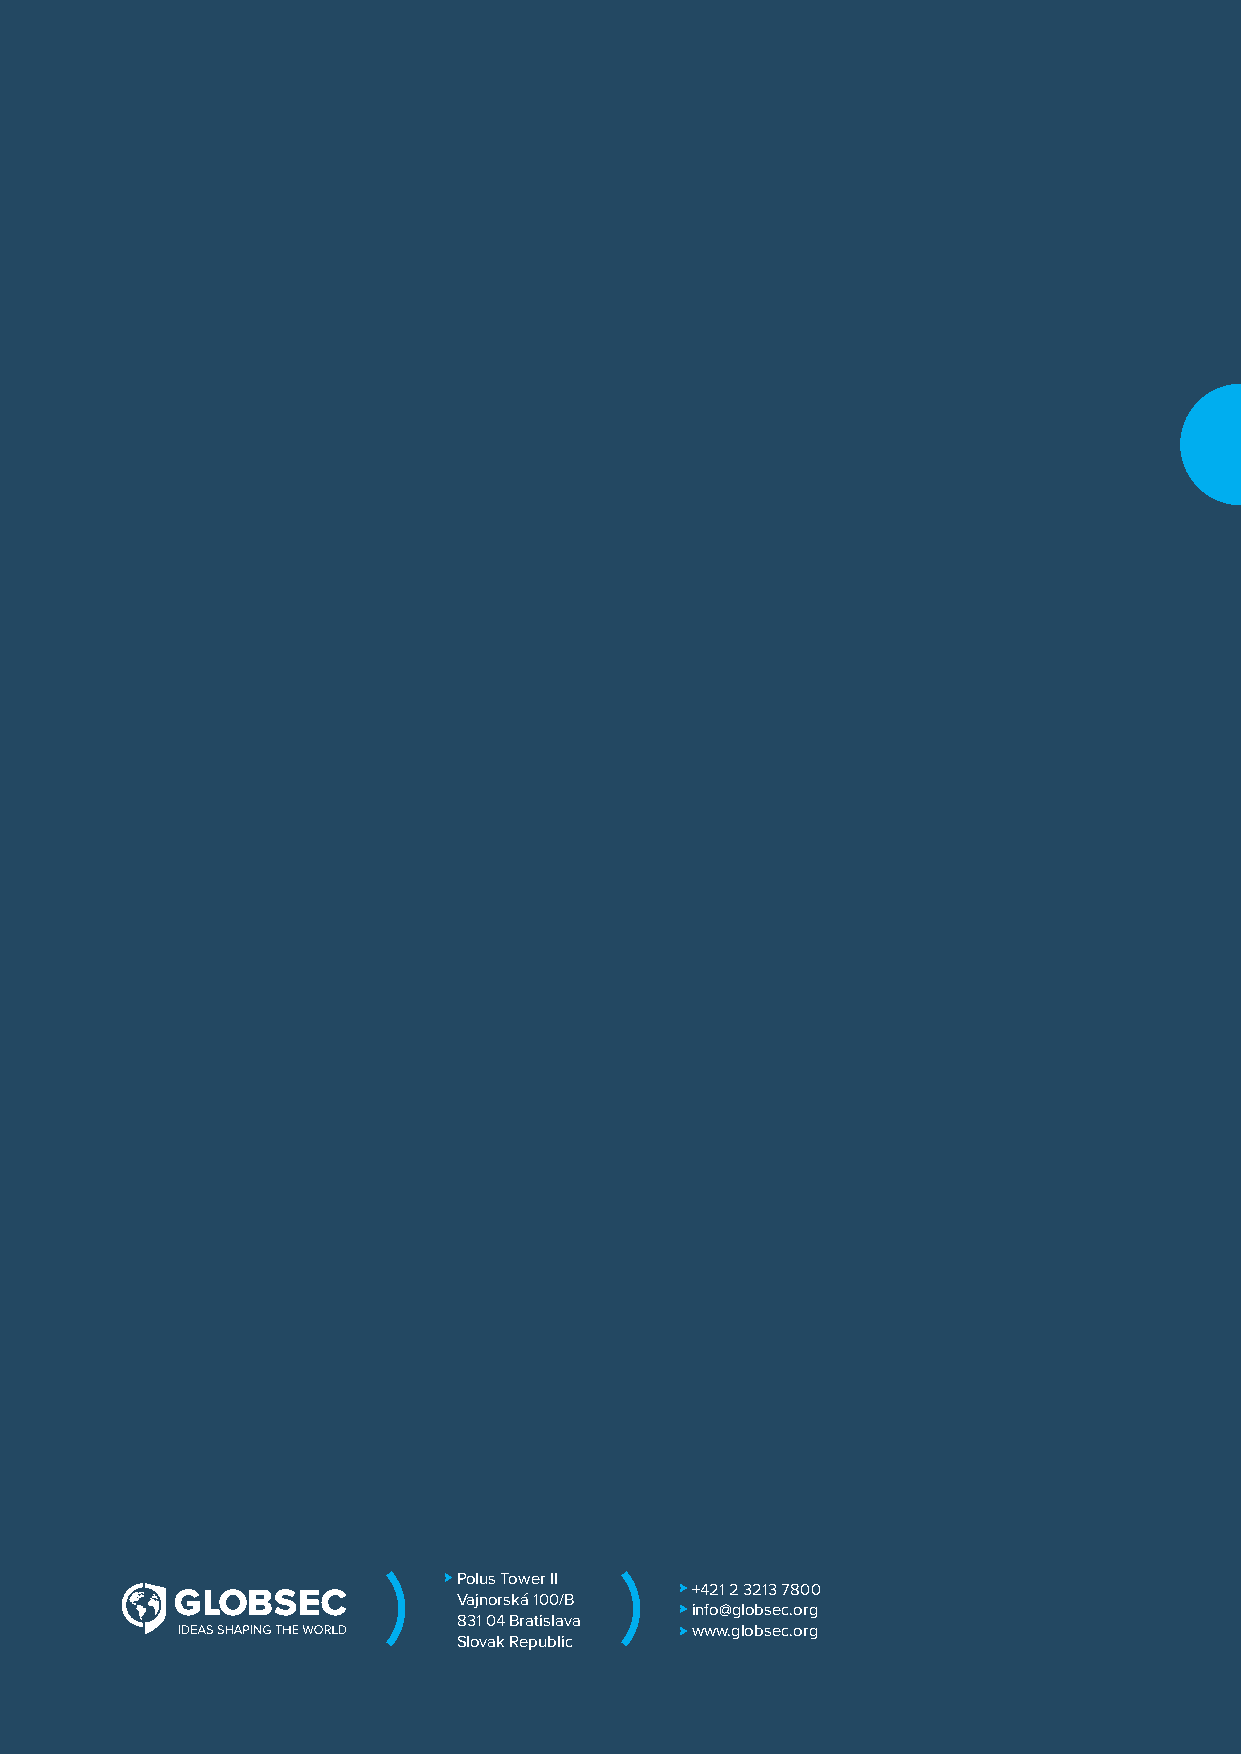
ECEE ACTIVITIES OF THE MUSLIM BROTHERHOOD: MAPPING THE IKHWAN’S PRESENCE IN THE REGION ( 21
 Polus Tower II
 +421 2 3213 7800
 Vajnorská 100/B
 info@globsec.org
 831 04 Bratislava
 www.globsec.org
 Slovak Republic